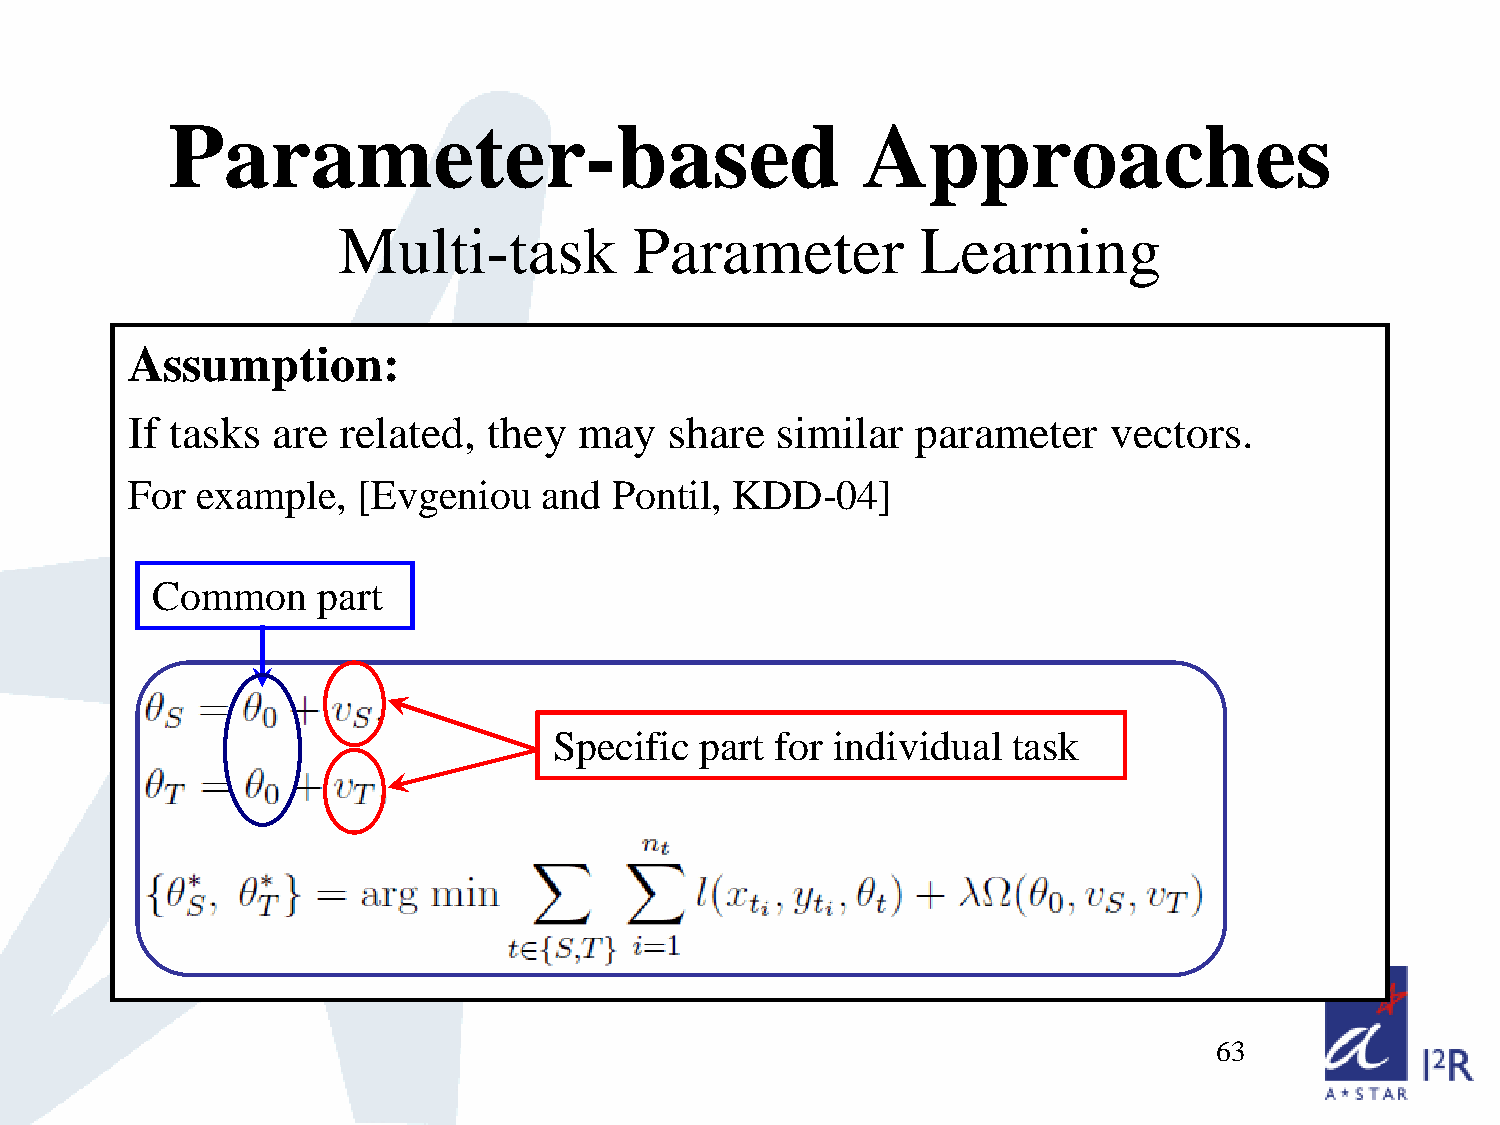
Parameter-based                               Approaches
 Multi-task          Parameter          Learning
 Assumption:
 If tasks  are related,  they  may   share  similar   parameter   vectors.
 For  example,   [Evgeniou   and  Pontil, KDD-04]
 Common     part
 Specific part for individual  task
 63